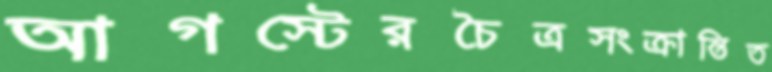
আগস্টেরচৈত্রসংক্রান্তিত